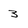
Character: 3